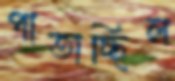
পাতাচ্ছিল